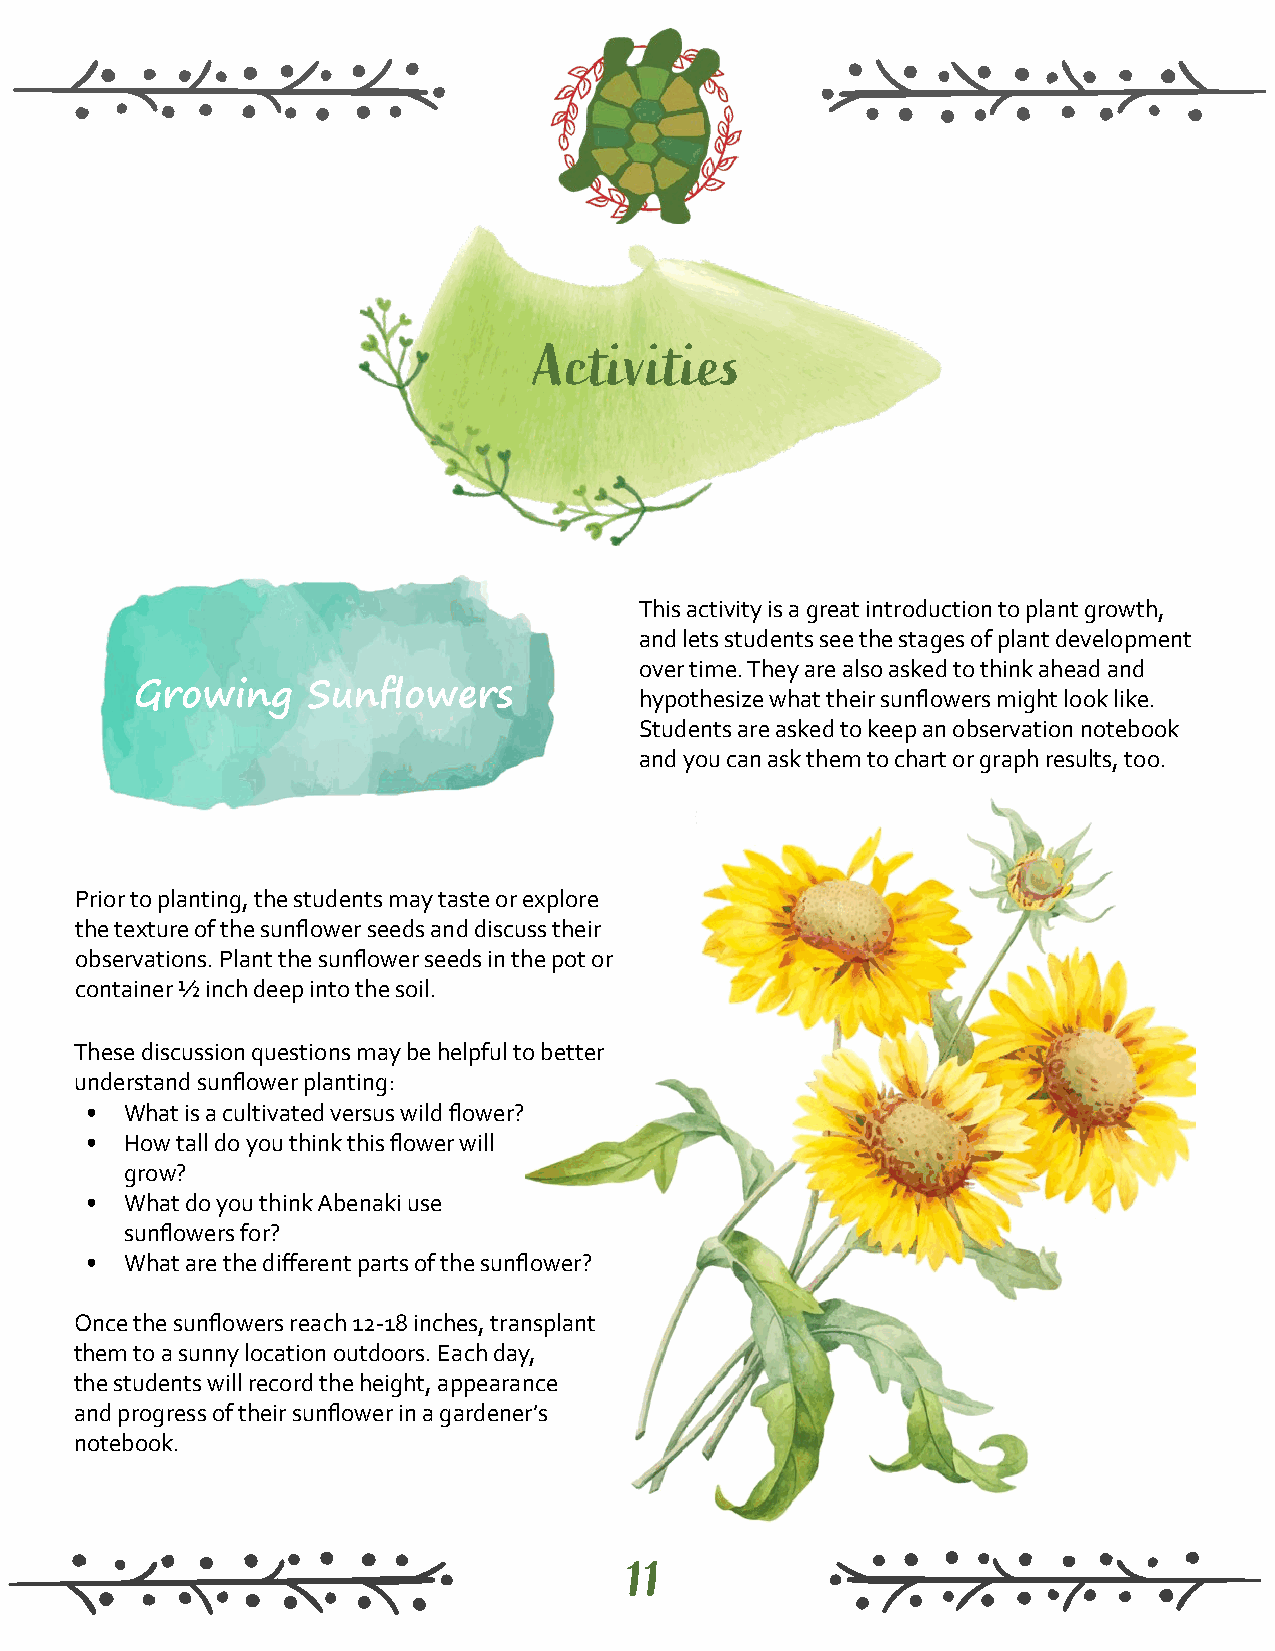
Activities
 This activity is a great introduction to plant growth,
 and lets students see the stages of plant development
 over time. They are also asked to think ahead and
 Growing    Sunflowers            hypothesize what their sunflowers might look like.
 Students are asked to keep an observation notebook
 and you can ask them to chart or graph results, too.
 Prior to planting, the students may taste or explore
 the texture of the sunflower seeds and discuss their
 observations. Plant the sunflower seeds in the pot or
 container ½ inch deep into the soil.
 These discussion questions may be helpful to better
 understand sunflower planting:
 • What is a cultivated versus wild flower?
 • How tall do you think this flower will
 grow?
 • What do you think Abenaki use
 sunflowers for?
 • What are the different parts of the sunflower?
 Once the sunflowers reach 12-18 inches, transplant
 them to a sunny location outdoors. Each day,
 the students will record the height, appearance
 and progress of their sunflower in a gardener’s
 notebook.
 11